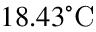
1 8 . 4 3 ^ { \circ } \mathrm { C }